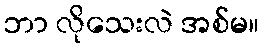
ဘာ လိုသေးလဲ အစ်မ။